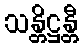
သန္တိဋ္ဌန္တီ